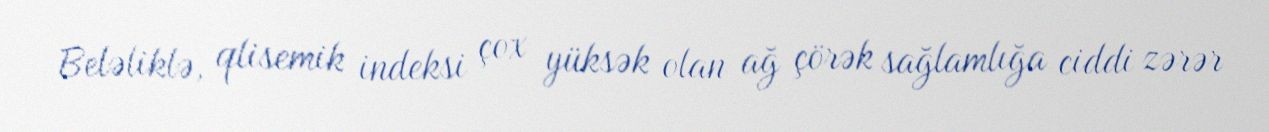
Beləliklə, qlisemik indeksi çox yüksək olan ağ çörək sağlamlığa ciddi zərər